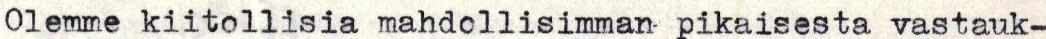
Olemme kiitollisia mahdollisimman pikaisesta vastauk-